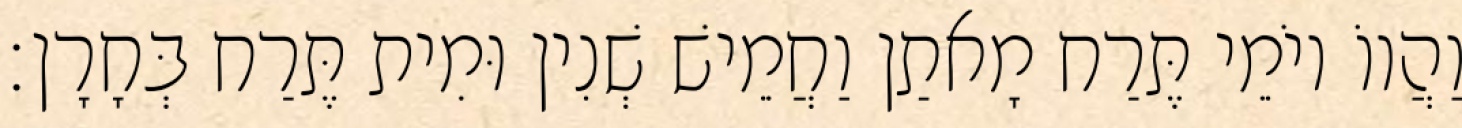
וַהֲווֹ יוֹמֵי תֶּרַח מָאתַן וַחֲמֵישׁ שְׁנִין וּמִית תֶּרַח בְּחָרָן׃